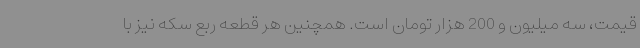
قیمت، سه میلیون و 200 هزار تومان است. همچنین هر قطعه ربع سکه نیز با